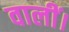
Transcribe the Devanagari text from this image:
वालीं।